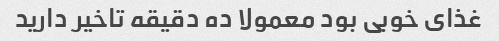
غذای خوبی بود معمولا ده دقیقه تاخیر دارید